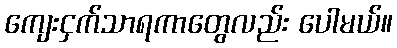
ကျေးငှက်သာရကာတွေလည်း ပေါမယ်။